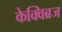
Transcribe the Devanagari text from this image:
केक्विब्रज